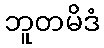
ဘူတမိဒံ